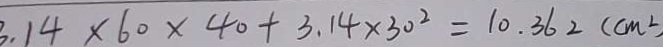
3 . 1 4 \times 6 0 \times 4 0 + 3 . 1 4 \times 3 0 ^ { 2 } = 1 0 . 3 6 2 ( c m ^ { 2 }